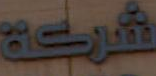
شركة